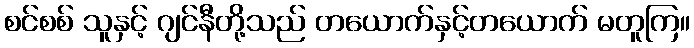
စင်စစ် သူနှင့် ဂျင်နီတို့သည် တယောက်နှင့်တယောက် မတူကြ။